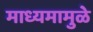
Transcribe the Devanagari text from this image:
माध्यमामुळे